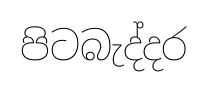
පිටබැද්දර